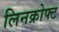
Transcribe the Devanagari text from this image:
लिनक्रोफ्ट